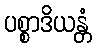
ပစ္စာဒိယန္တံ